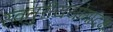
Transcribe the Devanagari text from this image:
स्वतुरीययोगादक्षः